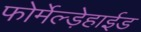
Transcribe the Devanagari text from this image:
फोर्मेल्ड़ेहाईड